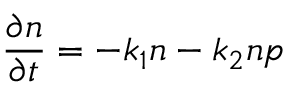
\frac { \partial n } { \partial t } = - k _ { 1 } n - k _ { 2 } n p